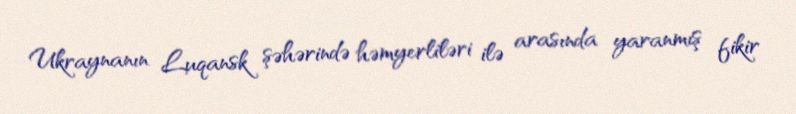
Ukraynanın Luqansk şəhərində həmyerliləri ilə arasında yaranmış fikir